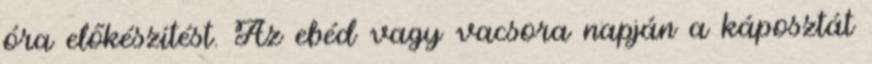
óra előkészítést. Az ebéd vagy vacsora napján a káposztát